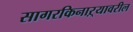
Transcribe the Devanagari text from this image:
सागरकिनाऱ्यावरील